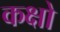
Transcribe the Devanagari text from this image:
कक्षो